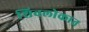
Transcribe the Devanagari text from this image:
शिवलोकात